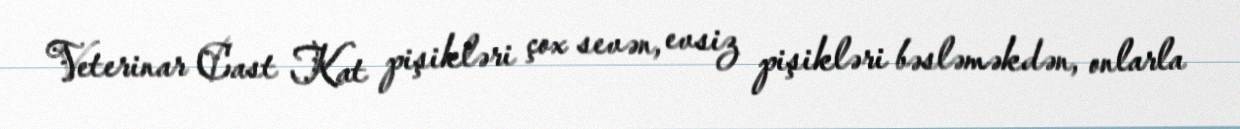
Veterinar Cast Kat pişikləri çox sevən, evsiz pişikləri bəsləməkdən, onlarla